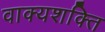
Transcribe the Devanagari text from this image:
वाक्यशक्ति